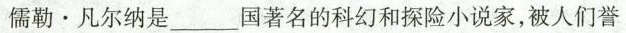
儒勒·凡尔纳是___国著名的科幻和探险小说家，被人们誉